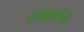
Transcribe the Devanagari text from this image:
लक्षनेने